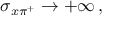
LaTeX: \sigma _ { x \pi ^ { + } } \to + \infty \, ,